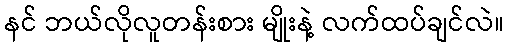
နင် ဘယ်လိုလူတန်းစား မျိုးနဲ့ လက်ထပ်ချင်လဲ။